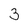
Character: 3